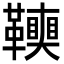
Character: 𩍭